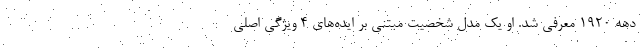
دهه ۱۹۲۰ معرفی شد. او یک مدل شخصیت مبتنی بر ایده‌های ۴ ویژگی اصلی